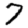
Digit: 7